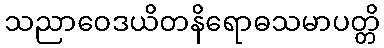
သညာဝေဒယိတနိရောဓသမာပတ္တိ